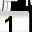
Digit: 1